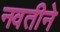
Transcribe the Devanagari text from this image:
नवतीने